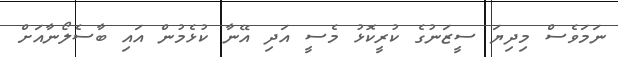
ނަމަވެސް މިދިޔަ ސީޒަނުގެ ކުރީކޮޅު މެސީ އަދި އޭނާ ކުޅެމުން އައި ބާސެލޯނާއަށް